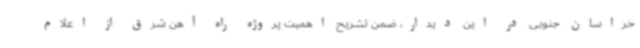
خراسان جنوبی در این دیدار، ضمن تشریح اهمیت پروژه راه آهن شرق از اعلام